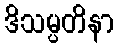
ဒိသမ္ပတိနာ